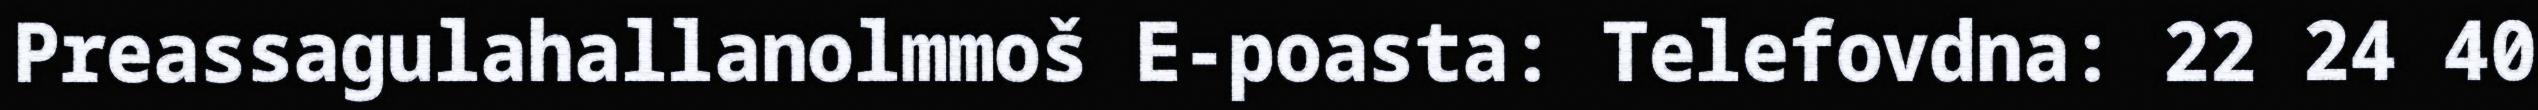
Preassagulahallanolmmoš E-poasta: Telefovdna: 22 24 40